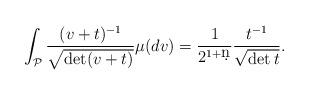
LaTeX: \begin{align*}\int_{\mathcal{P}}\frac{(v+t)^{-1}}{\sqrt{\det(v+t)}}\mu(dv)=\frac{1}{2^{1+\d n}}\frac{t^{-1}}{\sqrt{\det t}}.\end{align*}